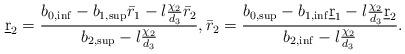
LaTeX: \begin{align*}\underbar r_2=\frac{ b_{0,\inf}-b_{1,\sup}\bar r_1-l\frac{\chi_2}{d_3}\bar r_2}{b_{2,\sup}-l\frac{\chi_2}{d_3}},\bar r_2= \frac{ b_{0,\sup}-b_{1,\inf}\underbar r_1-l\frac{\chi_2}{d_3}\underbar r_2}{b_{2,\inf}-l\frac{\chi_2}{d_3}}.\end{align*}